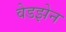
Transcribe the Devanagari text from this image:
वेडझेन